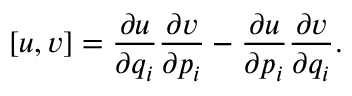
[ u , v ] = { \frac { \partial u } { \partial q _ { i } } } { \frac { \partial v } { \partial p _ { i } } } - { \frac { \partial u } { \partial p _ { i } } } { \frac { \partial v } { \partial q _ { i } } } .